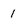
Character: 1